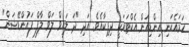
ހަމައެކަނި އިންޑިއަން އެކްޓަރަކީ ދިޕިކާއެވެ. އަދި "ދަ ލައިވް ލަވް ލާފް ފައުންޑޭޝަން"